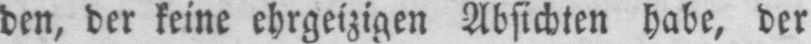
den, der keine ehrgeizigen Absichten habe, der